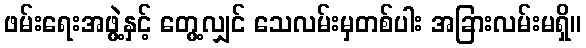
ဖမ်းရေးအဖွဲ့နှင့် တွေ့လျှင် သေလမ်းမှတစ်ပါး အခြားလမ်းမရှိ။